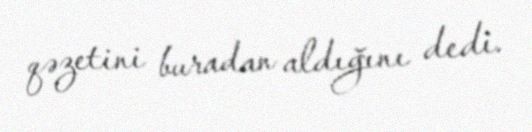
qəzetini buradan aldığını dedi.